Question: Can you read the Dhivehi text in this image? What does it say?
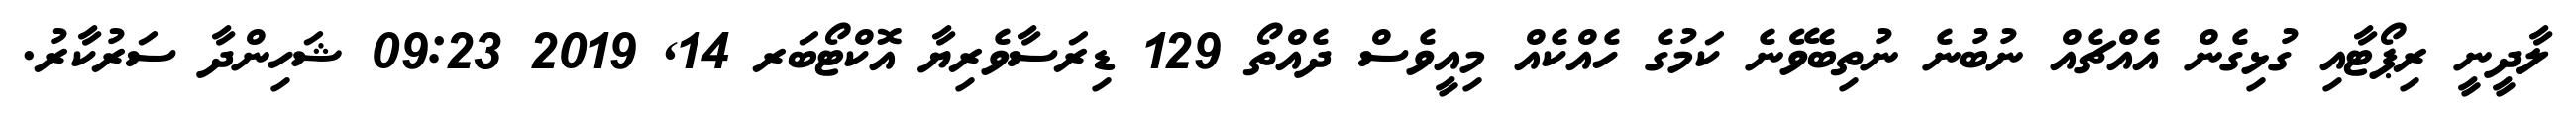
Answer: ލާދީނީ ރިޕޯޓާއި ގުޅިގެން އެއްޗެއް ނުބުނެ ނުތިބެވޭނެ ކަމުގެ ހެއްކެއް މިއީވެސް ދެއްތޯ 129 ޑިރަސާވެރިޔާ އޮކްޓޯބަރ 14, 2019 09:23 ޝަހިންދާ ސަރުކާރު.